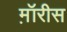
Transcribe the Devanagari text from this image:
म़ॉरीस